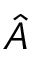
\hat { A }